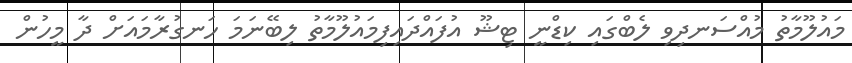
މައުލޫމާތު މުއްސަނދިވި ލެބްގައި ކިޑްނީ ޓިޝޫ އުފައްދައިފިމައުލޫމާތު ލިބޭނަމަ ހަނގުރާމައަށް ދާ މީހުން